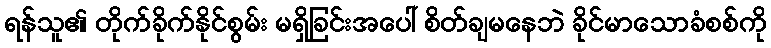
ရန်သူ၏ တိုက်ခိုက်နိုင်စွမ်း မရှိခြင်းအပေါ် စိတ်ချမနေဘဲ ခိုင်မာသောခံစစ်ကို